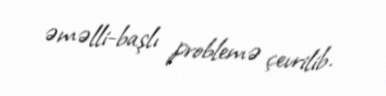
əməlli-başlı problemə çevrilib.